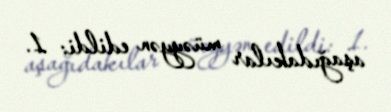
aşağıdakılar müəyyən edildi: 1.